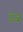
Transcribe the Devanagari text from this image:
ट्रेज़